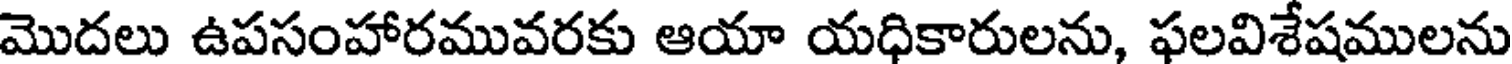
మొదలు ఉపసంహారమువరకు ఆయా యధికారులను, ఫలవిశేషములను